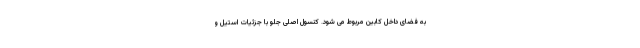
به فضای داخل کابین مربوط می شود. کنسول اصلی جلو با جزئیات استیل و